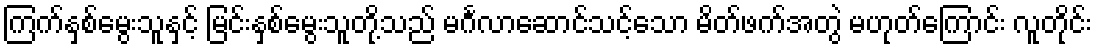
ကြက်နှစ်မွေးသူနှင့် မြင်းနှစ်မွေးသူတို့သည် မင်္ဂလာဆောင်သင့်သော မိတ်ဖက်အတွဲ မဟုတ်ကြောင်း လူတိုင်း